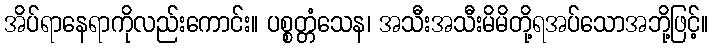
အိပ်ရာနေရာကိုလည်းကောင်း။ ပစ္စတ္တံသေန၊ အသီးအသီးမိမိတို့ရအပ်သောအဘို့ဖြင့်။